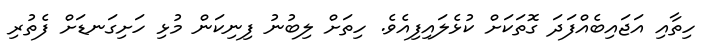
ހިތާއި އަޖައިބެއްފަދަ ގޮތަކަށް ކުޅެލައިފިއެވެ. ހިތަށް ލިބުނު ފިނިކަން މުޅި ހަށިގަނޑަށް ފެތުރި